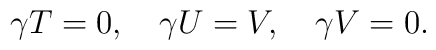
\gamma T=0,\quad \gamma U=V,\quad \gamma V=0.